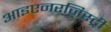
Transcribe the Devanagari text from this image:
आइएनरजिस्ट्री